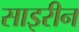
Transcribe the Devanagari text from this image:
साइरीन